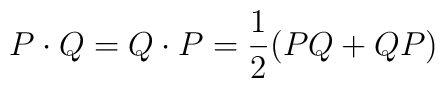
P\cdot Q = Q\cdot P =\frac{1}{2}(P Q + Q P)